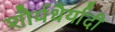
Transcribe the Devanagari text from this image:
शौर्यधैर्यादी